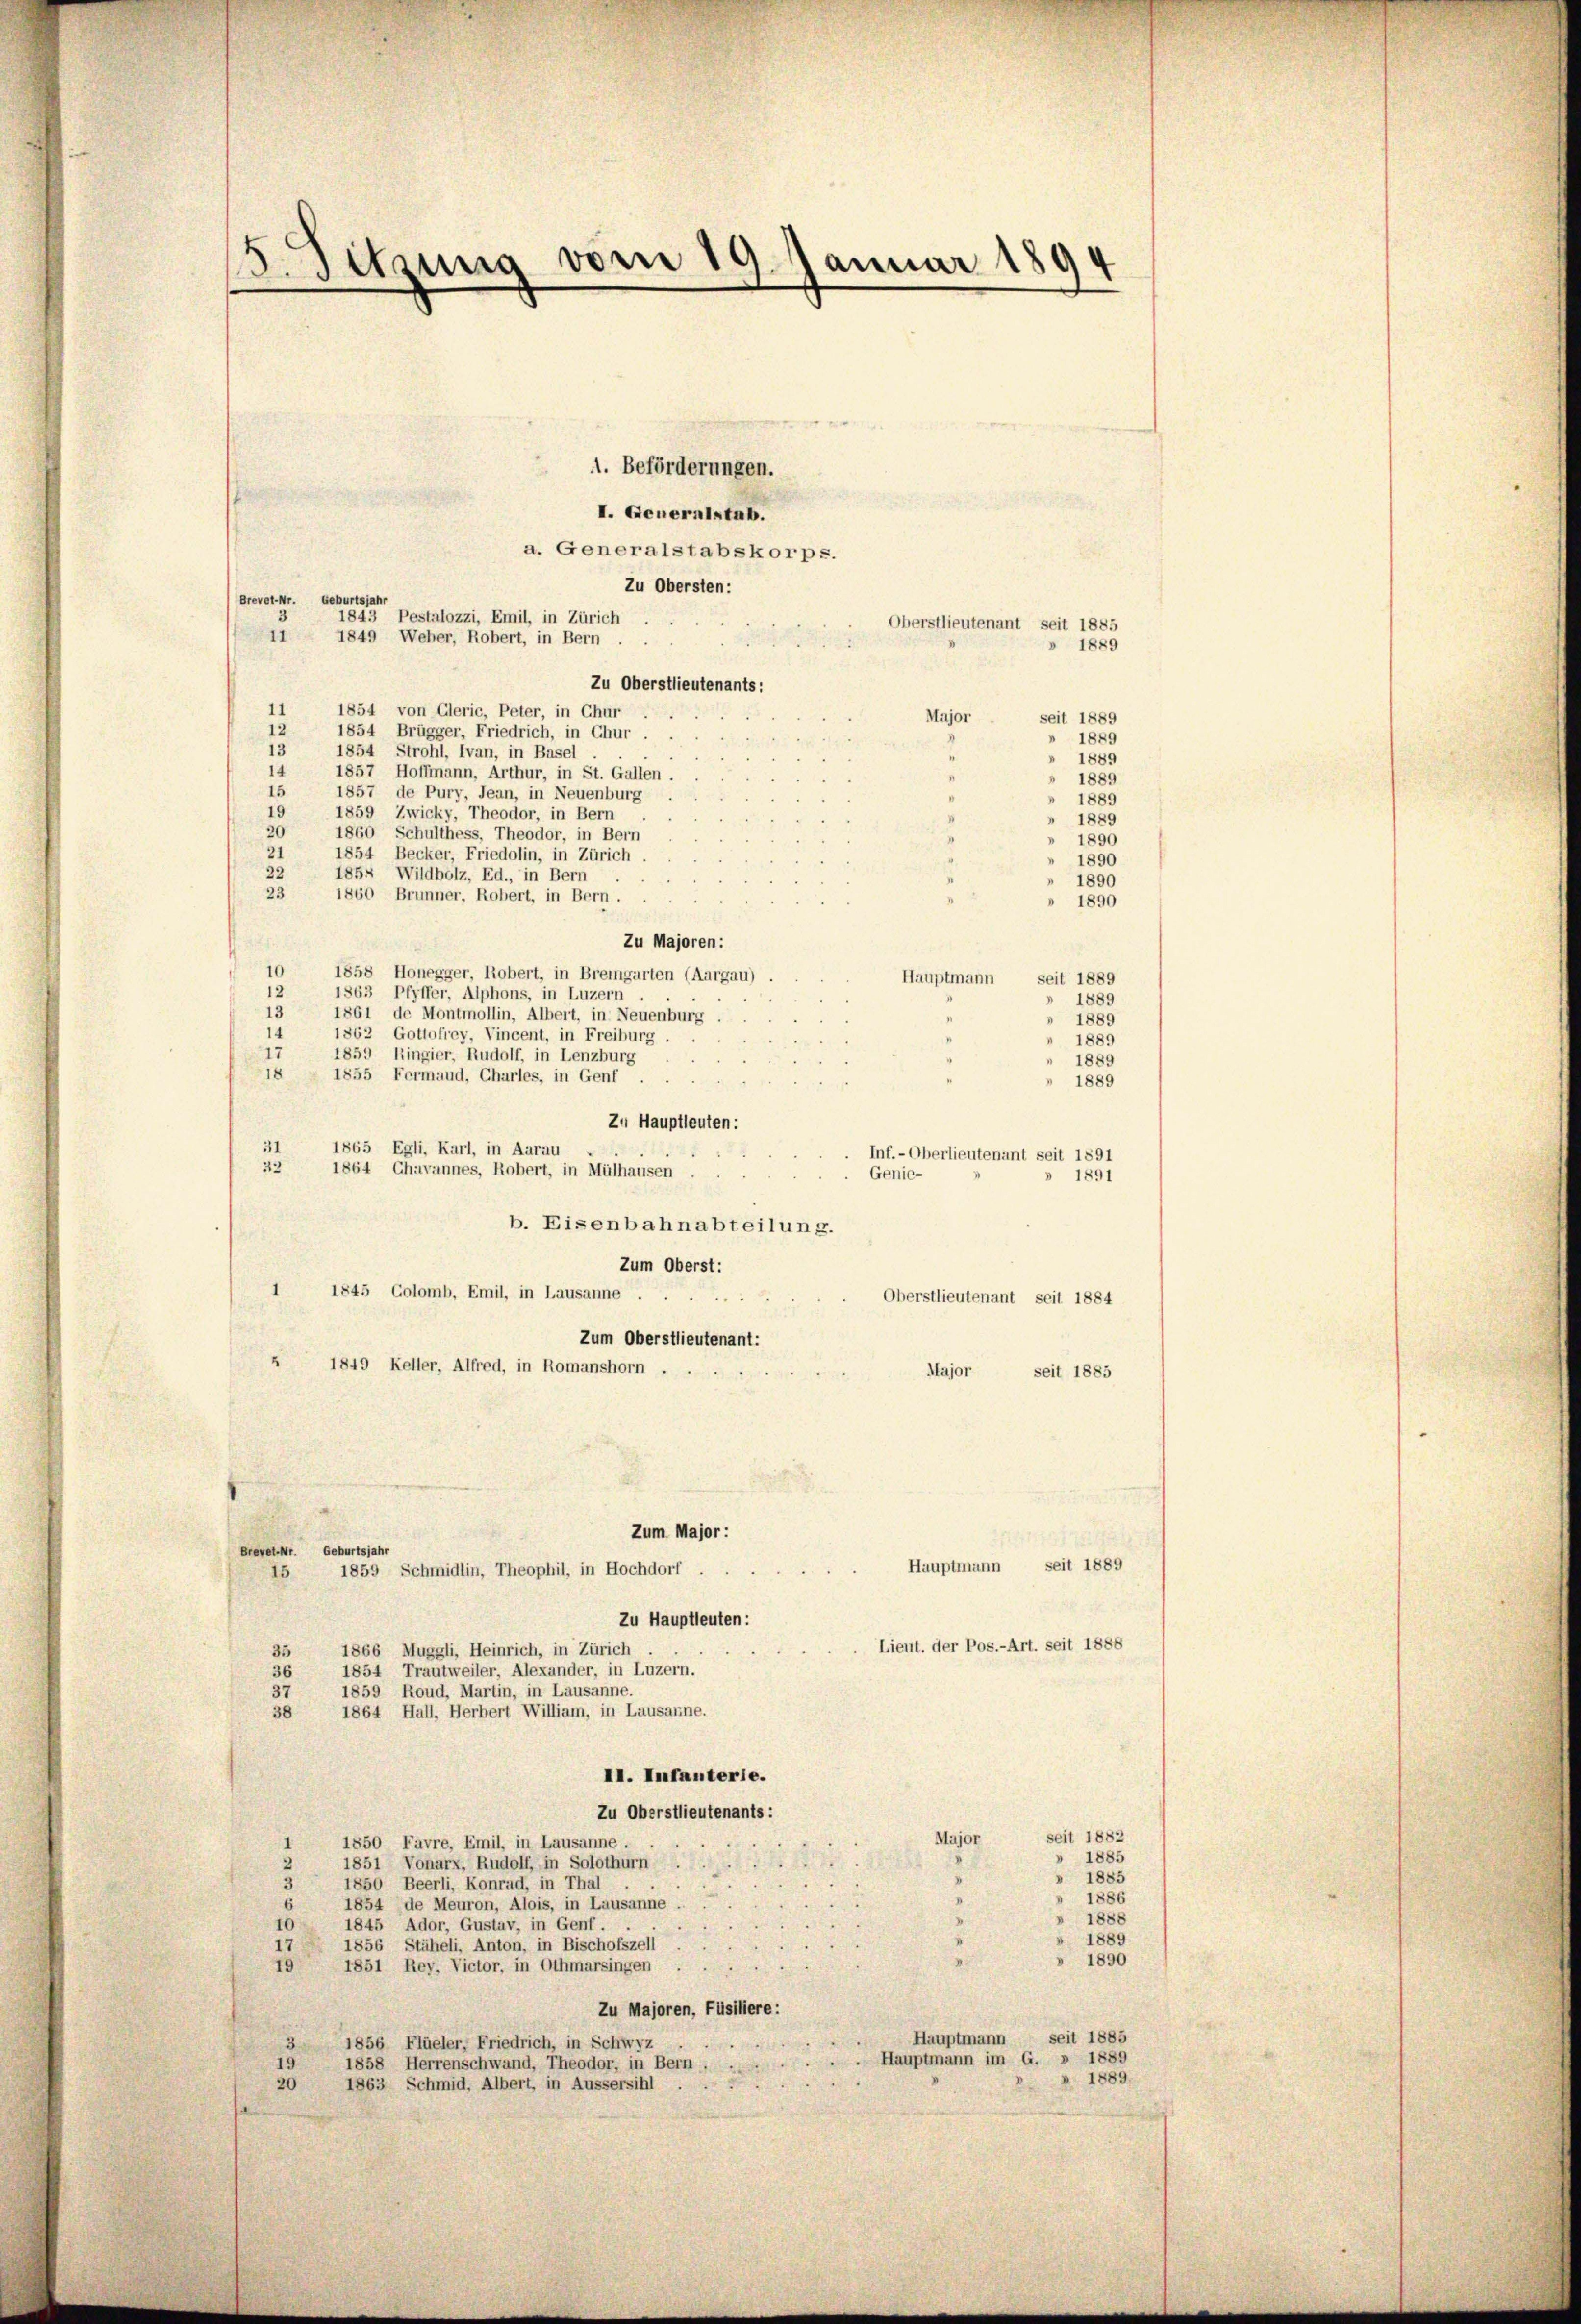
1. Beförderungen.
I. Generalstab.
a. Generalstabskorps.
Zu Obersten:
Brevet-Nr. Geburtsjahr
1843 Pestalozzi, Emil, in Zürich
Oberstlieutenant seit 1885
11
1849 Weher, Robert, in Bern
» 1889
Zu Oberstlieutenants:
1854 von Glerie, Peter, in Chur
11
Major
seit 1889
12
1854 Brügger, Friedrich, in Chur
3
 1889
13
1854 Strohl, Ivan, in Basel.
 1889
14
1857 Hoffmann, Arthur, in St. Gallen.
 1889
15
1857 de Pury, Jean, in Neuenburg
1889
19
1859 Zwicky, Theodor, in Bern
1889
20
1860 Schulthess, Theodor, in Bern
1890
21
1854 Becker, Friedolin, in Zürich
1890
22
1854 Wildbolz, Ed., in Bern
 1890
23
1860 Brunner, Robert, in Bern.
1890
Zu Majoren:
10
1858 Honegger, Robert, in Bremgarten (Aargau)
Hauptmann
seit 1889
12
1863 Pfyffer, Alphons, in Luzern
 1889
13
1861 de Montmollin, Albert, in Neuenburg .
1889
14
1862 Gottofrey, Vincent, in Freiburg.
 1889
17
1859 Ringier, Rudolf, in Lenzburg
1889
18
1855 Formand, Charles, in Genf
 1889
Zu Hauptleuten:
31
1865 Egli, Karl, in Aarau
Inf.- Oberlieutenant seit 1891
32
1864 Chavannes, Robert, in Mülhausen.
Genie-
» 1891
b. Eisenbahnabteilung.
Zum Oberst:
1 1845 Golomb, Emil, in Lausanne
.
Oberstlieutenant seit 1884
Zum Oberstlieutenant:
“ 1849 Keller, Alfred, in Romanshorn .
Major seit 1885
Zum Major :
Brevet Mr. Geburtsjahr
Hauptmann seit 1889
1859 Schmidlin, Theophil, in Hochdorf
15
Zu Hauptleuten:
Lieut. der Pos.-Art. seit 1888
1866 Muggli, Heinrich, in Zürich
35
1854 Trautweiler, Alexander, in Luzern.
36
1859 Roud, Martin, in Lausanne.
37
1864 Hall, Herbert William, in Lausanne.
38
II. Infanterie.
Zu Oberstlieutenants:
seit 1882
Major
1850 Favre, Emil, in Lausanne.
 1885
.
2
1851 Vonarx, Rudolf, in Solothurn
» 1885
2
3
1850 Beerli, Konrad, in Thal.
1886
1854 de Meuron, Alois, in Lausanne
1888
10
1845 Ador, Gustav, in Genf . .
1889
17
1856 Stäheli, Anton, in Bischofszell
» 1890
19 1851 Rey. Victor, in Othmarsingen
Zu Majoren, Füsiliere:
seit 1885
Hauptmann
1856 Flüeler, Friedrich, in Schwyz
3
Hauptmann im G. » 1889
19
1858 Herrenschwand, Theodor, in Bern.
» 1889.
1863 Schmid, Albert, in Aussersihl
20

¬
3. Sitzung vom 19. Januar 1891